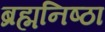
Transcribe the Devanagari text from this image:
ब्रह्मनिष्ठा